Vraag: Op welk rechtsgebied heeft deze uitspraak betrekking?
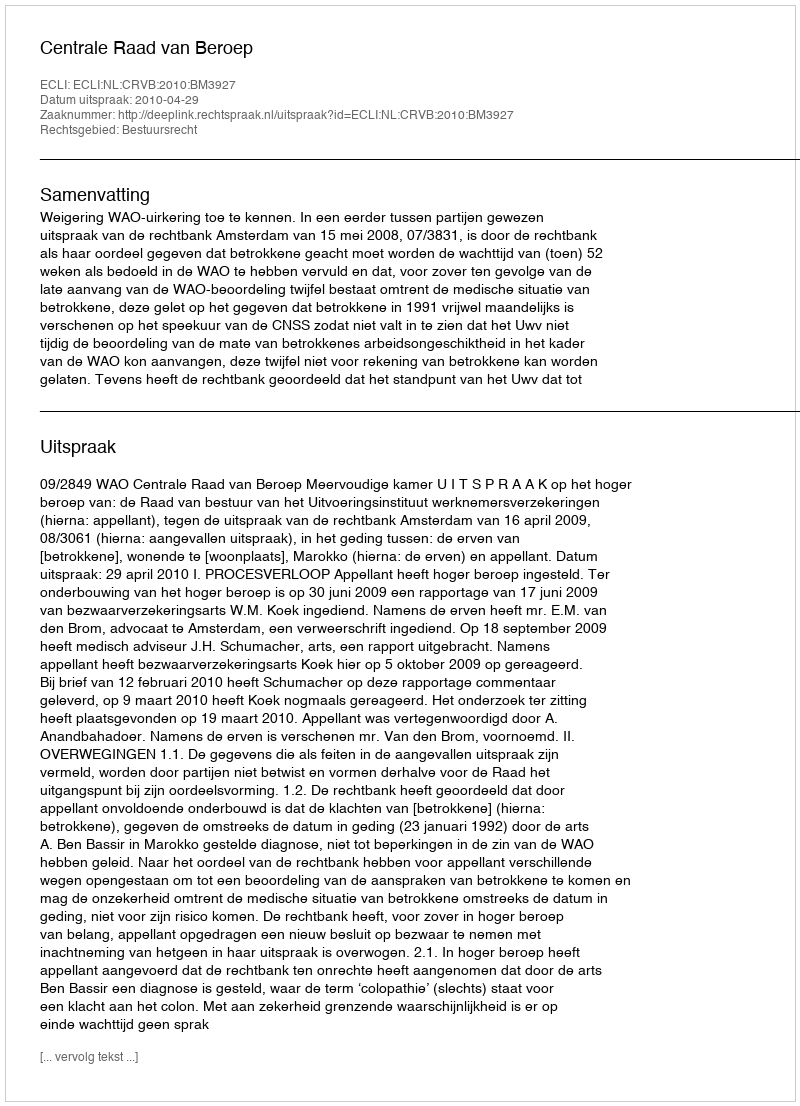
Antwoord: Bestuursrecht